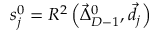
s _ { j } ^ { 0 } = R ^ { 2 } \left( \vec { \Delta } _ { D - 1 } ^ { 0 } , \vec { d } _ { j } \right)